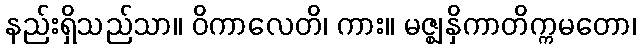
နည်းရှိသည်သာ။ ဝိကာလေတိ၊ ကား။ မဇ္ဈနှိကာတိက္ကမတော၊